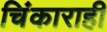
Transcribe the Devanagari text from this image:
चिंकाराही